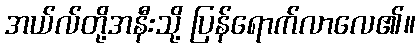
အယ်လ်တို့အနီးသို့ ပြန်ရောက်လာလေ၏။